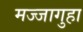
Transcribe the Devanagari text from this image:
मज्जागुहा